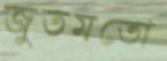
জুতমতো